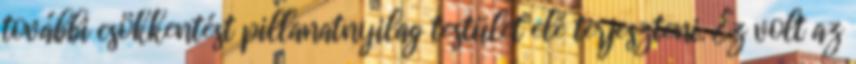
további csökkentést pillanatnyilag testület elé terjeszteni. Ez volt az